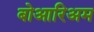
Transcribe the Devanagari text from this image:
बोआरिअम